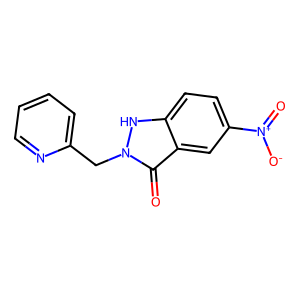
SMILES: O=c1c2cc([N+](=O)[O-])ccc2[nH]n1Cc1ccccn1
Inhibits HIV replication: No